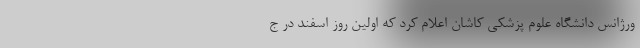
ورژانس دانشگاه علوم پزشکی کاشان اعلام کرد که اولین روز اسفند در ج